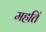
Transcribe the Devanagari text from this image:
महतिं